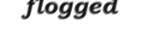
flogged